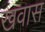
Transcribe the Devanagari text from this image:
खवास